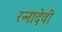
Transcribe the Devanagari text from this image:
रन्‍नादेवी